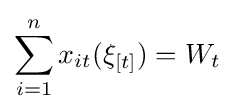
\sum _{i=1}^{n}x_{it}(\xi _{[t]})=W_{t}